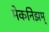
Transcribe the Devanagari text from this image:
मेकनिझम्